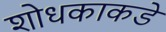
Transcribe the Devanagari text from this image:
शोधकाकडे